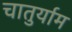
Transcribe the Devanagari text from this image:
चातुर्याम